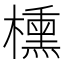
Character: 櫄